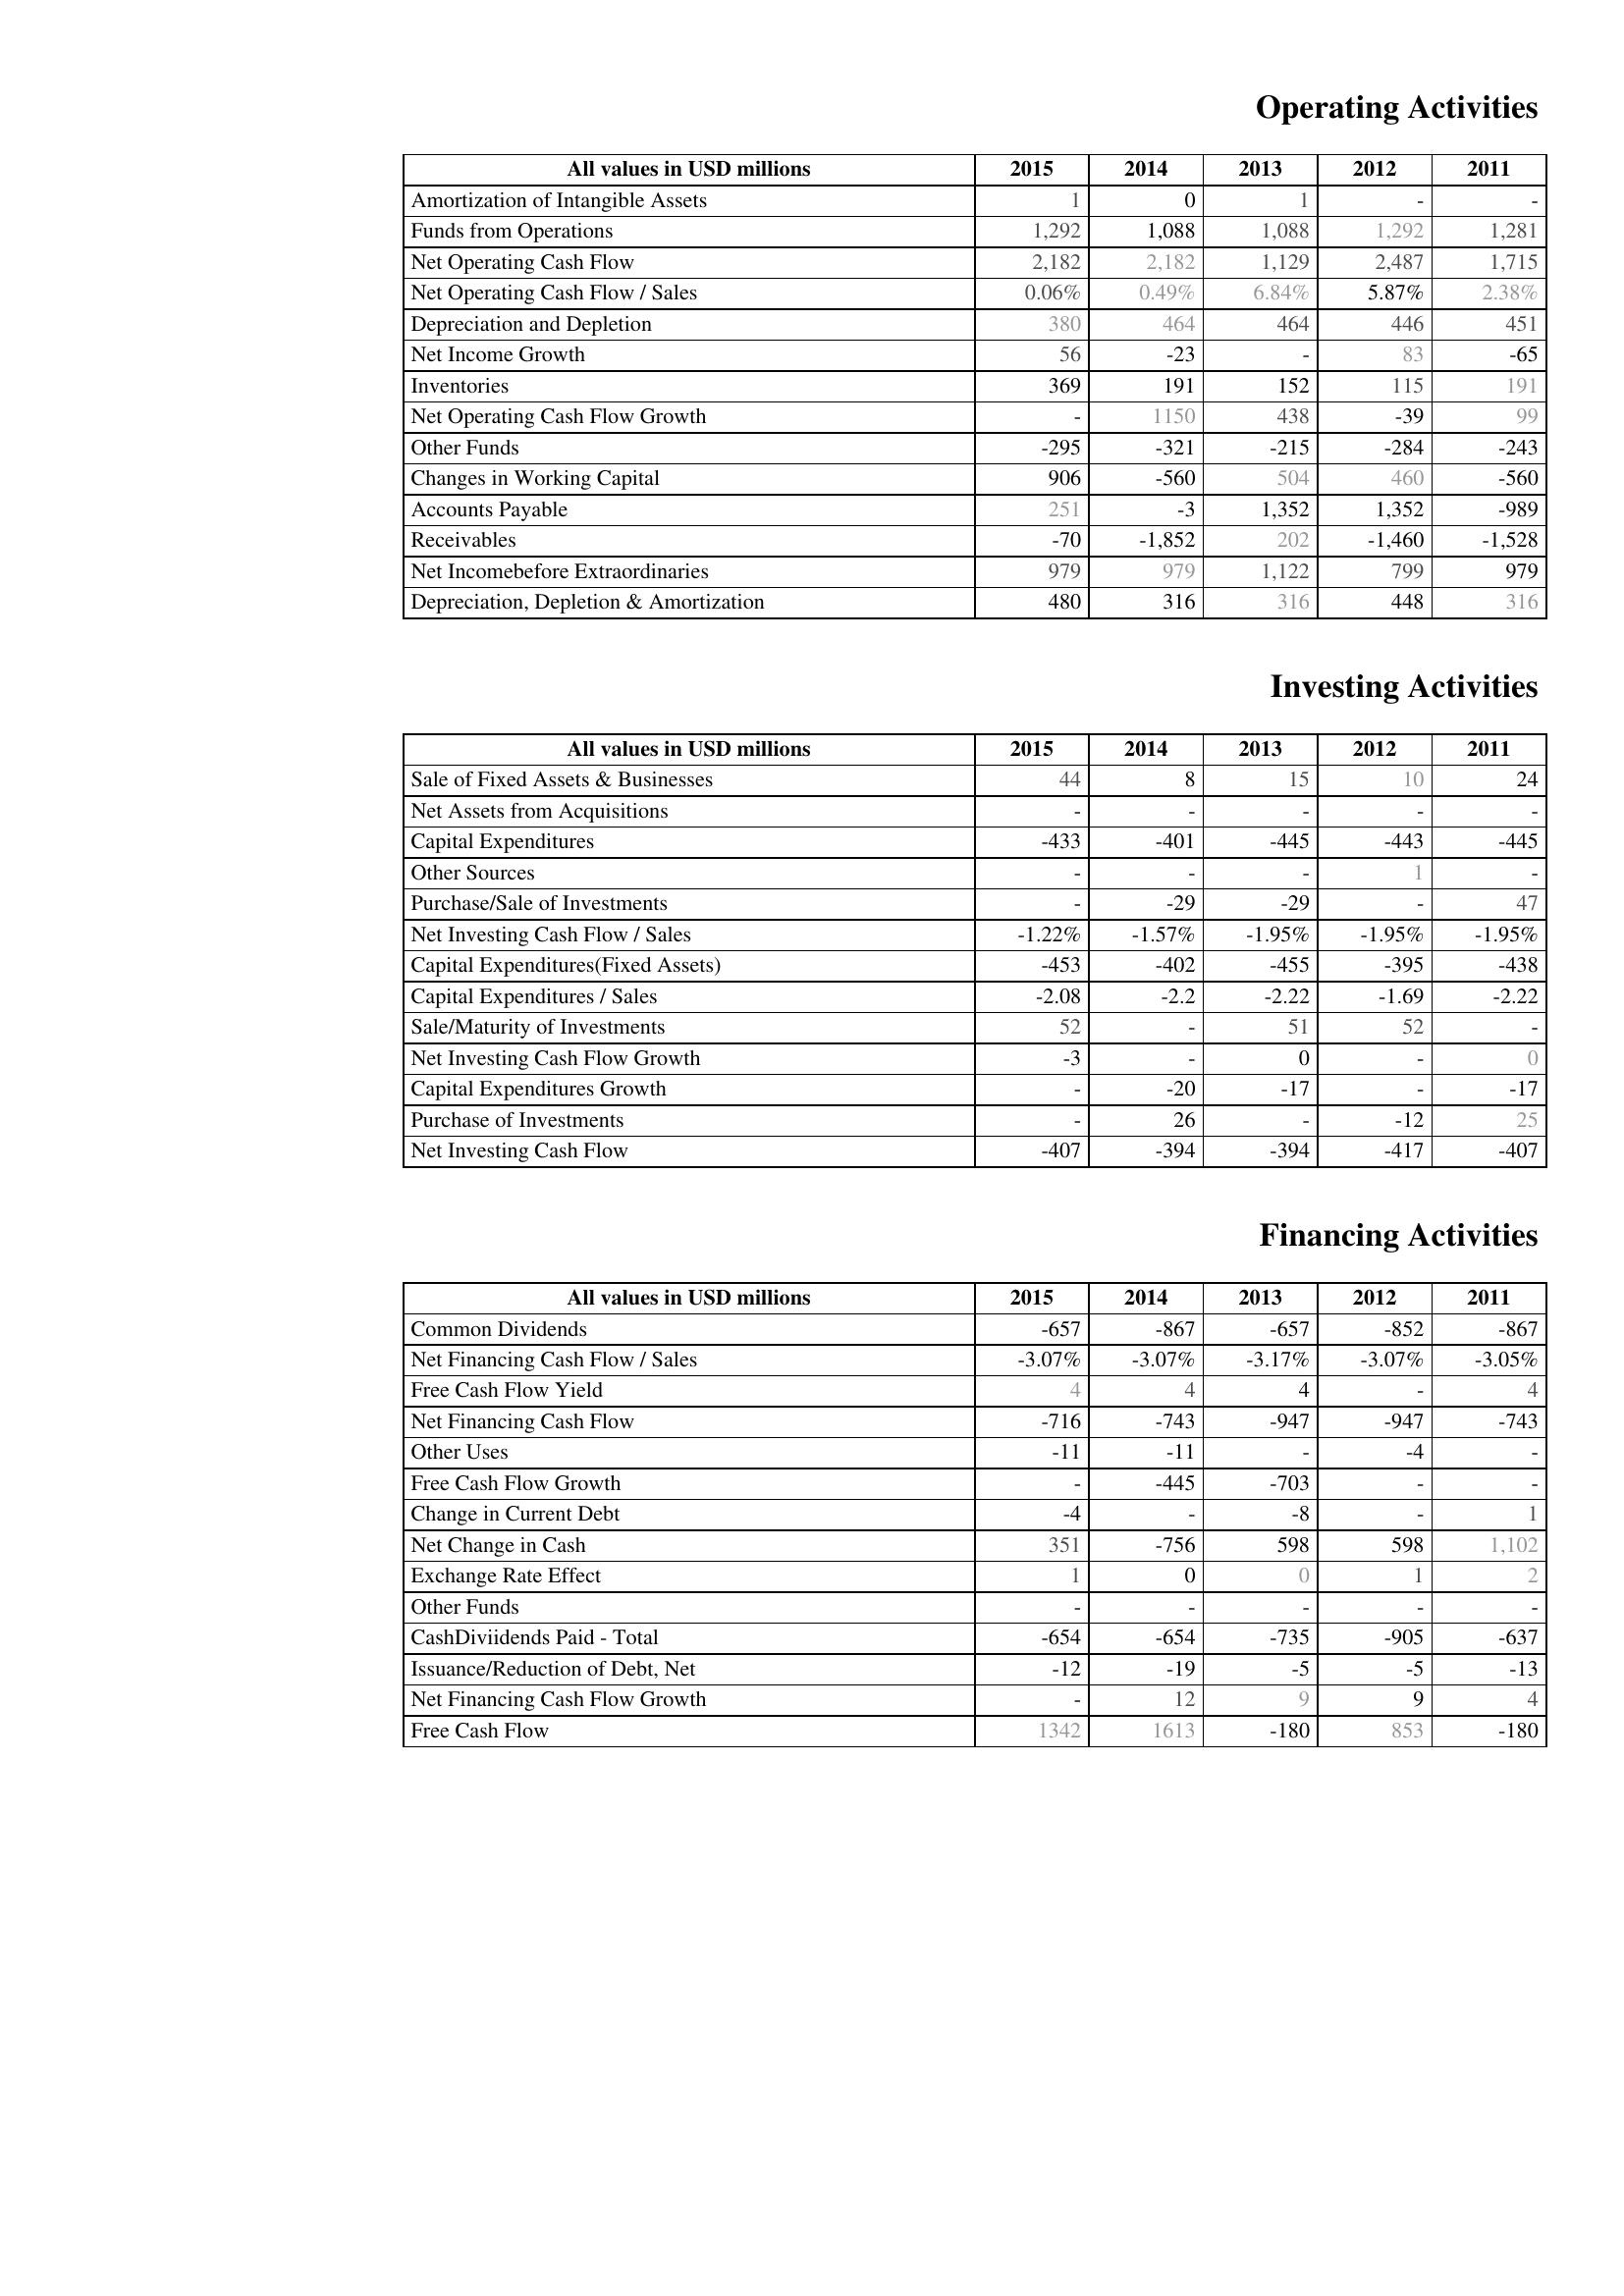
2015: Operating Activities: Amortization of Intangible Assets: 1
Funds from Operations: 1,292
Net Operating Cash Flow: 2,182
Net Operating Cash Flow / Sales: 0.06%
Depreciation and Depletion: 380
Net Income Growth: 56
Inventories: 369
Net Operating Cash Flow Growth: -
Other Funds: -295
Changes in Working Capital: 906
Accounts Payable: 251
Receivables: -70
Net Incomebefore Extraordinaries: 979
Depreciation, Depletion & Amortization: 480
Investing Activities: Sale of Fixed Assets & Businesses: 44
Net Assets from Acquisitions: -
Capital Expenditures: -433
Other Sources: -
Purchase/Sale of Investments: -
Net Investing Cash Flow / Sales: -1.22%
Capital Expenditures(Fixed Assets): -453
Capital Expenditures / Sales: -2.08
Sale/Maturity of Investments: 52
Net Investing Cash Flow Growth: -3
Capital Expenditures Growth: -
Purchase of Investments: -
Net Investing Cash Flow: -407
Financing Activities: Common Dividends: -657
Net Financing Cash Flow / Sales: -3.07%
Free Cash Flow Yield: 4
Net Financing Cash Flow: -716
Other Uses: -11
Free Cash Flow Growth: -
Change in Current Debt: -4
Net Change in Cash: 351
Exchange Rate Effect: 1
Other Funds: -
CashDiviidends Paid - Total: -654
Issuance/Reduction of Debt, Net: -12
Net Financing Cash Flow Growth: -
Free Cash Flow: 1342
2014: Operating Activities: Amortization of Intangible Assets: 0
Funds from Operations: 1,088
Net Operating Cash Flow: 2,182
Net Operating Cash Flow / Sales: 0.49%
Depreciation and Depletion: 464
Net Income Growth: -23
Inventories: 191
Net Operating Cash Flow Growth: 1150
Other Funds: -321
Changes in Working Capital: -560
Accounts Payable: -3
Receivables: -1,852
Net Incomebefore Extraordinaries: 979
Depreciation, Depletion & Amortization: 316
Investing Activities: Sale of Fixed Assets & Businesses: 8
Net Assets from Acquisitions: -
Capital Expenditures: -401
Other Sources: -
Purchase/Sale of Investments: -29
Net Investing Cash Flow / Sales: -1.57%
Capital Expenditures(Fixed Assets): -402
Capital Expenditures / Sales: -2.2
Sale/Maturity of Investments: -
Net Investing Cash Flow Growth: -
Capital Expenditures Growth: -20
Purchase of Investments: 26
Net Investing Cash Flow: -394
Financing Activities: Common Dividends: -867
Net Financing Cash Flow / Sales: -3.07%
Free Cash Flow Yield: 4
Net Financing Cash Flow: -743
Other Uses: -11
Free Cash Flow Growth: -445
Change in Current Debt: -
Net Change in Cash: -756
Exchange Rate Effect: 0
Other Funds: -
CashDiviidends Paid - Total: -654
Issuance/Reduction of Debt, Net: -19
Net Financing Cash Flow Growth: 12
Free Cash Flow: 1613
2013: Operating Activities: Amortization of Intangible Assets: 1
Funds from Operations: 1,088
Net Operating Cash Flow: 1,129
Net Operating Cash Flow / Sales: 6.84%
Depreciation and Depletion: 464
Net Income Growth: -
Inventories: 152
Net Operating Cash Flow Growth: 438
Other Funds: -215
Changes in Working Capital: 504
Accounts Payable: 1,352
Receivables: 202
Net Incomebefore Extraordinaries: 1,122
Depreciation, Depletion & Amortization: 316
Investing Activities: Sale of Fixed Assets & Businesses: 15
Net Assets from Acquisitions: -
Capital Expenditures: -445
Other Sources: -
Purchase/Sale of Investments: -29
Net Investing Cash Flow / Sales: -1.95%
Capital Expenditures(Fixed Assets): -455
Capital Expenditures / Sales: -2.22
Sale/Maturity of Investments: 51
Net Investing Cash Flow Growth: 0
Capital Expenditures Growth: -17
Purchase of Investments: -
Net Investing Cash Flow: -394
Financing Activities: Common Dividends: -657
Net Financing Cash Flow / Sales: -3.17%
Free Cash Flow Yield: 4
Net Financing Cash Flow: -947
Other Uses: -
Free Cash Flow Growth: -703
Change in Current Debt: -8
Net Change in Cash: 598
Exchange Rate Effect: 0
Other Funds: -
CashDiviidends Paid - Total: -735
Issuance/Reduction of Debt, Net: -5
Net Financing Cash Flow Growth: 9
Free Cash Flow: -180
2012: Operating Activities: Amortization of Intangible Assets: -
Funds from Operations: 1,292
Net Operating Cash Flow: 2,487
Net Operating Cash Flow / Sales: 5.87%
Depreciation and Depletion: 446
Net Income Growth: 83
Inventories: 115
Net Operating Cash Flow Growth: -39
Other Funds: -284
Changes in Working Capital: 460
Accounts Payable: 1,352
Receivables: -1,460
Net Incomebefore Extraordinaries: 799
Depreciation, Depletion & Amortization: 448
Investing Activities: Sale of Fixed Assets & Businesses: 10
Net Assets from Acquisitions: -
Capital Expenditures: -443
Other Sources: 1
Purchase/Sale of Investments: -
Net Investing Cash Flow / Sales: -1.95%
Capital Expenditures(Fixed Assets): -395
Capital Expenditures / Sales: -1.69
Sale/Maturity of Investments: 52
Net Investing Cash Flow Growth: -
Capital Expenditures Growth: -
Purchase of Investments: -12
Net Investing Cash Flow: -417
Financing Activities: Common Dividends: -852
Net Financing Cash Flow / Sales: -3.07%
Free Cash Flow Yield: -
Net Financing Cash Flow: -947
Other Uses: -4
Free Cash Flow Growth: -
Change in Current Debt: -
Net Change in Cash: 598
Exchange Rate Effect: 1
Other Funds: -
CashDiviidends Paid - Total: -905
Issuance/Reduction of Debt, Net: -5
Net Financing Cash Flow Growth: 9
Free Cash Flow: 853
2011: Operating Activities: Amortization of Intangible Assets: -
Funds from Operations: 1,281
Net Operating Cash Flow: 1,715
Net Operating Cash Flow / Sales: 2.38%
Depreciation and Depletion: 451
Net Income Growth: -65
Inventories: 191
Net Operating Cash Flow Growth: 99
Other Funds: -243
Changes in Working Capital: -560
Accounts Payable: -989
Receivables: -1,528
Net Incomebefore Extraordinaries: 979
Depreciation, Depletion & Amortization: 316
Investing Activities: Sale of Fixed Assets & Businesses: 24
Net Assets from Acquisitions: -
Capital Expenditures: -445
Other Sources: -
Purchase/Sale of Investments: 47
Net Investing Cash Flow / Sales: -1.95%
Capital Expenditures(Fixed Assets): -438
Capital Expenditures / Sales: -2.22
Sale/Maturity of Investments: -
Net Investing Cash Flow Growth: 0
Capital Expenditures Growth: -17
Purchase of Investments: 25
Net Investing Cash Flow: -407
Financing Activities: Common Dividends: -867
Net Financing Cash Flow / Sales: -3.05%
Free Cash Flow Yield: 4
Net Financing Cash Flow: -743
Other Uses: -
Free Cash Flow Growth: -
Change in Current Debt: 1
Net Change in Cash: 1,102
Exchange Rate Effect: 2
Other Funds: -
CashDiviidends Paid - Total: -637
Issuance/Reduction of Debt, Net: -13
Net Financing Cash Flow Growth: 4
Free Cash Flow: -180